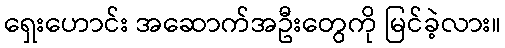
ရှေးဟောင်း အဆောက်အဦးတွေကို မြင်ခဲ့လား။